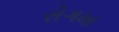
રોગમા